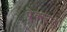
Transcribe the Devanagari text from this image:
प्रेक्स्टन